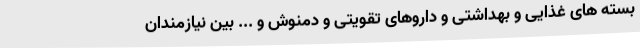
بسته های غذایی و بهداشتی و داروهای تقویتی و دمنوش و ... بین نیازمندان